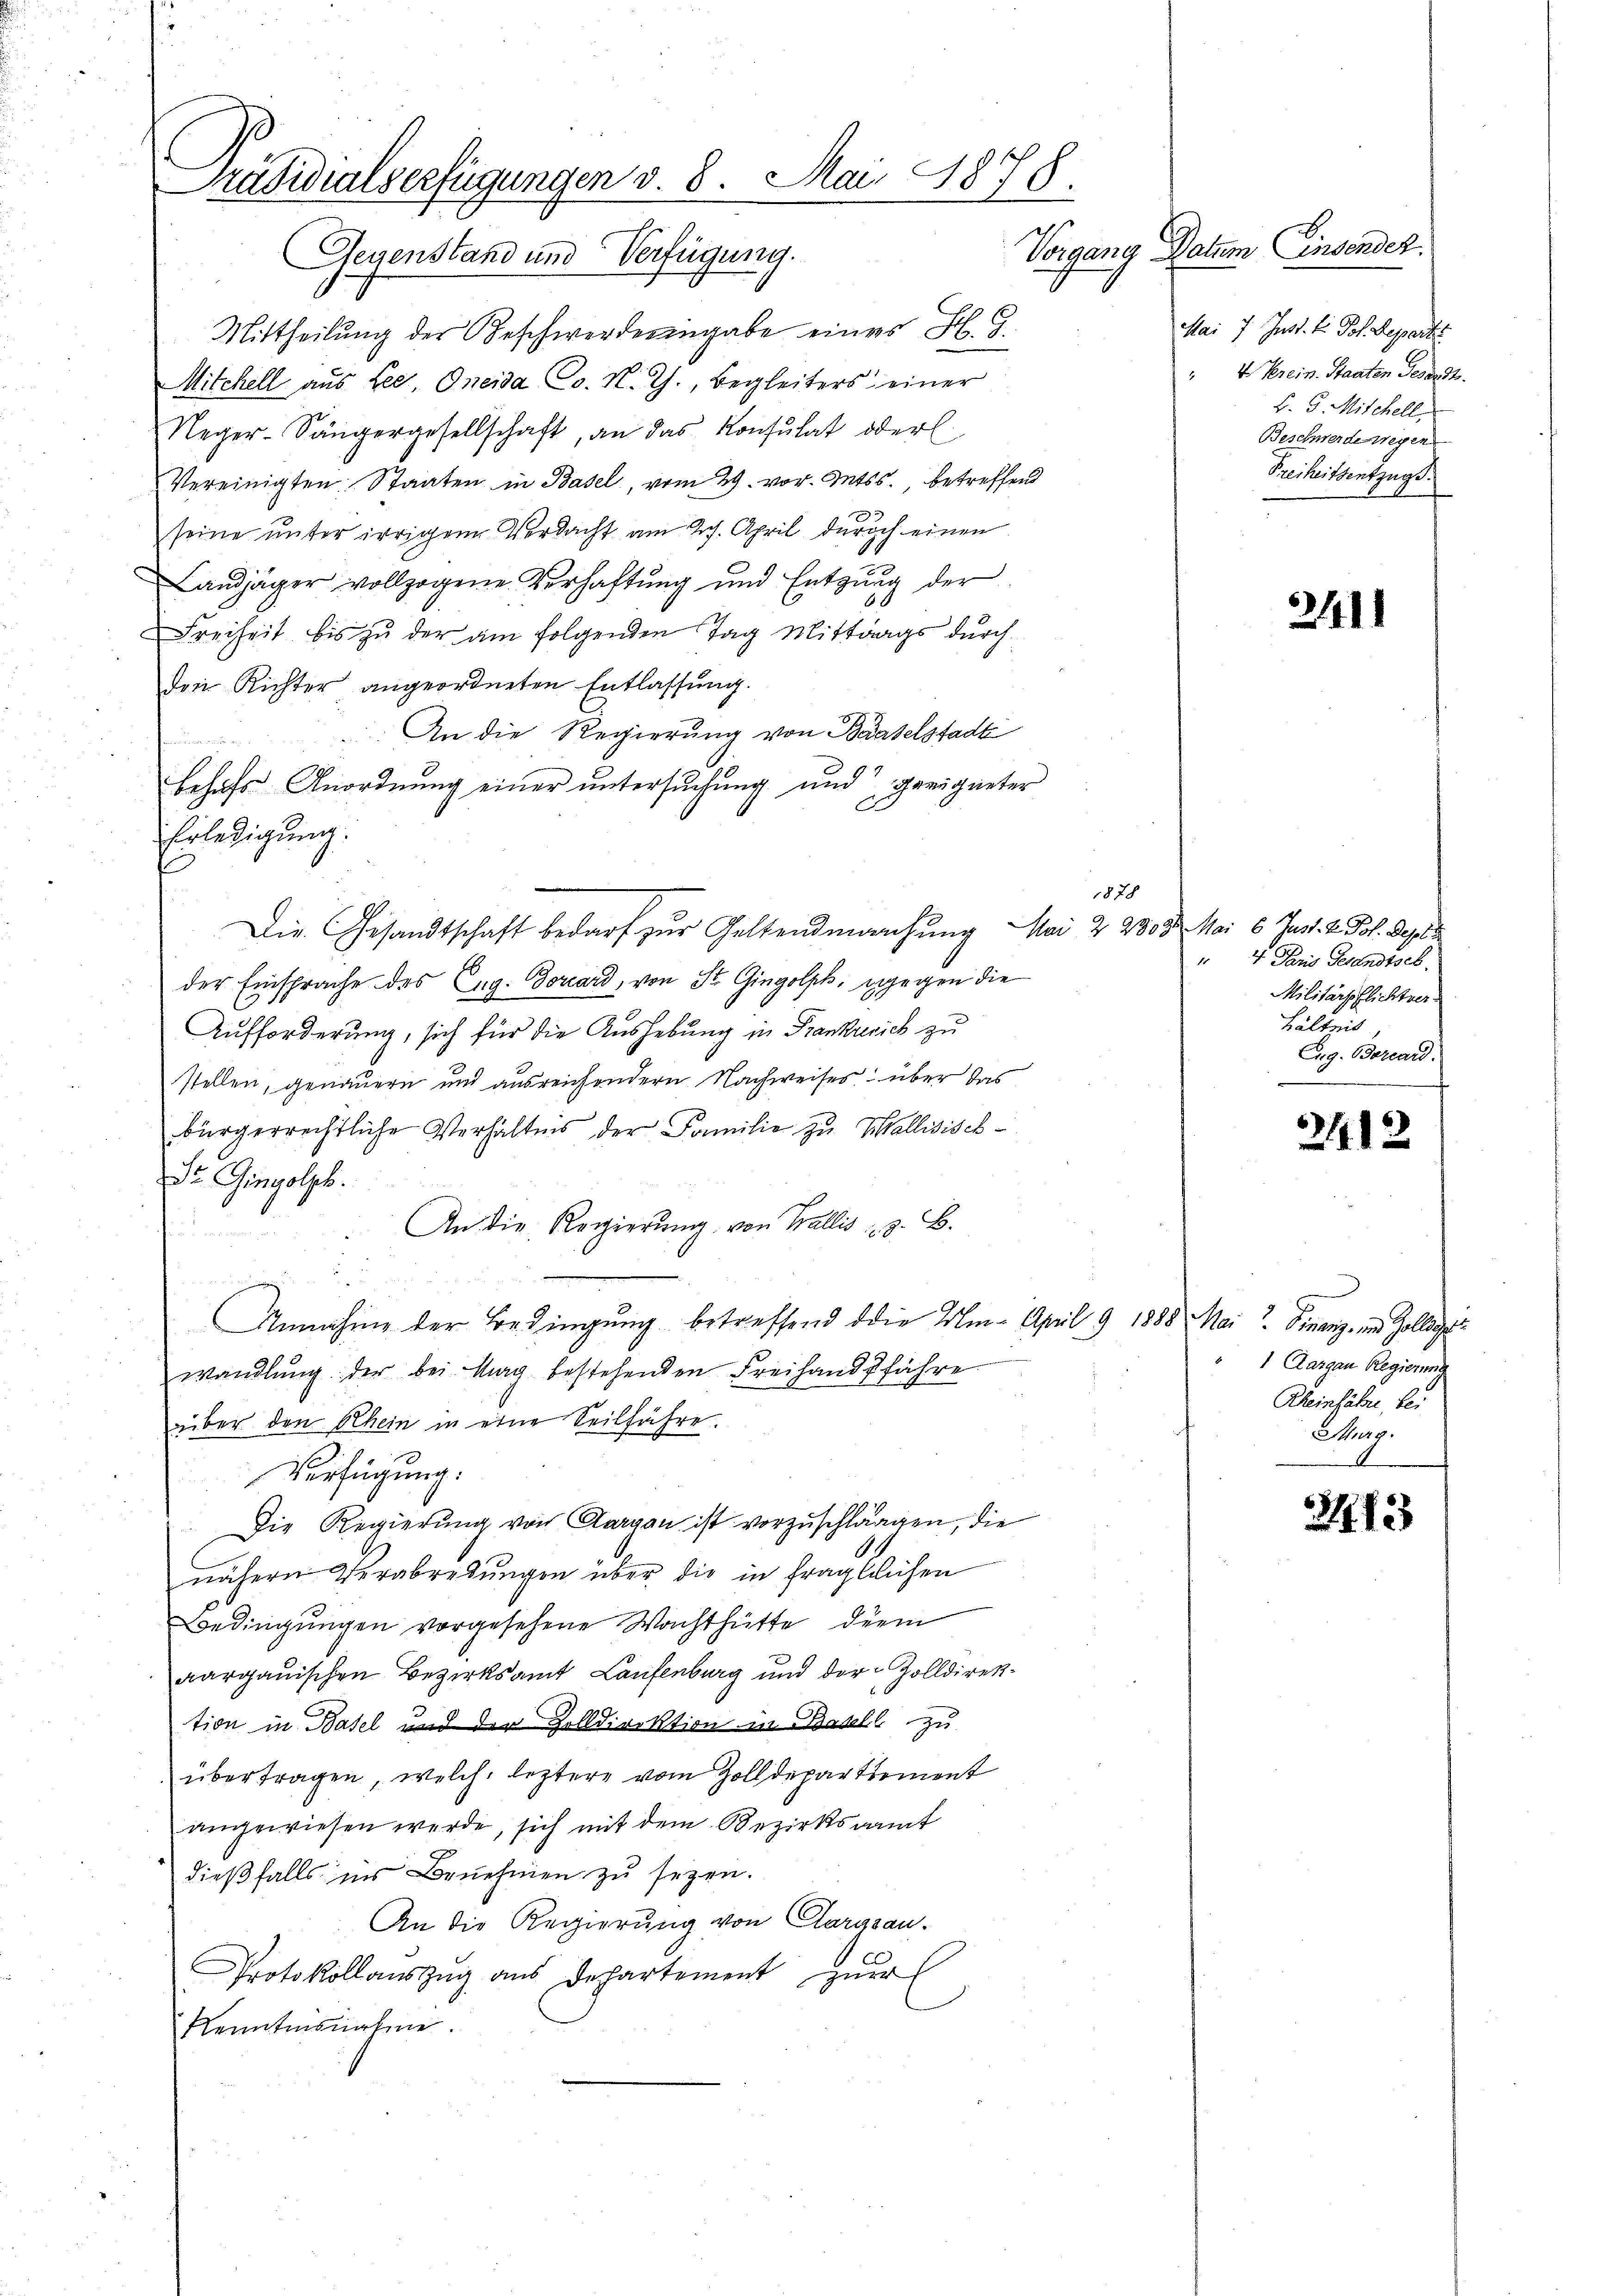
Präsidialverfügungen v. 8. Mai 1878.
Vorgang Datum Einsenden.
Gegenstand und Verfügung.

Mittheilung der Beschwerderingabe eines H. G.
Mitchell aus Lee, Oneida Co. N. Th., Begleiters einer
Neger-Sängergesellschaft, an das Konsulat oder
Vereinigten Staaten in Basel, vom 29. vor. Mts., betreffend
seine unter irrigen Verdacht am Joh. April durch einen
Landjäger vollzogene Verhaftung und Entzŭng der
Freiheit bis zŭ der am folgenden Tag Mittags dŭrch
den Richter angeordneten Entlassung.
An die Regierung von Baselstadt
behufs Anordnung einer untersuchung und geeigneter
Erledigung.
Die Gesandtschaft bedarf zur Geltendmachung Mai 22809. Mai 6 Jun. 2. Joh. Depes
der Einsprache des Eng. Dorcard, von St. Gingolph, dagegen die
Aufforderung, sich für die Aushebung in Frankreich zu
stellen, genauern und ausreichendern Nachweises über das
bürgerrechtliche Verhältnis der Familie zu Wallidisch-
Dr. Gingolyb.
An die Regierŭng von Wallis : 3. B.

Annahme der Bedingung betreffend die Um- April 9 1888 Mai? Finanz, im Zolleg
wandlŭng der bei Mag bestehenden Freihandsfähre
über den Rhein in eine Seilfahre.
Verfügung.
Die Regierung von Aargau ist vorzuschlägen, die
nähern Verabredungen über die in fraglichen
Bedingungen vorgesehene Wachthütte diem
aargauischen Bezirksamt Laufenburg und der Zolldirektion in Basel und der Zolldirektion in Basell zu
übertragen, welch leztere vom Zolldepartement
angewiesen werde, sich mit dem Bezirksamt
dieβfalls ins Benehmen zŭ sezen.
An die Regierung von Aargau.
Protokollauszug aus Departement zuer
Kenntnisnahme.

1878

Mai 7. Just. l. Joh. Reparte
" 4. Kerein. Staaten Gesandt.
B. 5. Mitchell
Beschwerde wegen
Freiheitsentzug.

241

" 4. Paris Gesandtsecb.
Militärpflichtver
hältnis
Aug. Borcard.

2413.

1 Aargau Regierung
Rheinfahre, bei
Marg.

3113